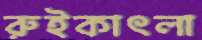
রুইকাৎলা